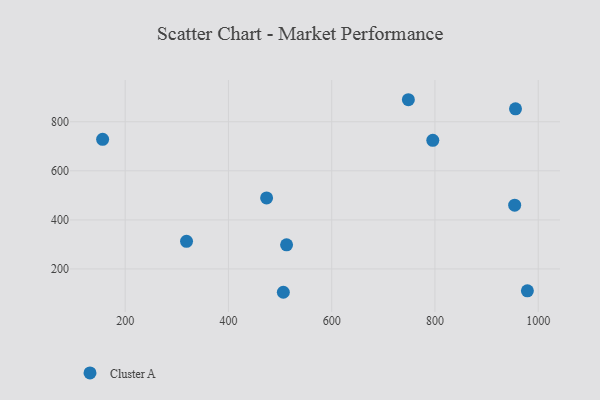
{"axis": {"x": "Speed", "y": "Demand"}, "legend": ["Cluster A"], "data": [{"x": "318.8", "y": 312.7, "type": "Cluster A"}, {"x": "748.5", "y": 889.8, "type": "Cluster A"}, {"x": "156.3", "y": 728.3, "type": "Cluster A"}, {"x": "979.0", "y": 111.2, "type": "Cluster A"}, {"x": "506.3", "y": 105.1, "type": "Cluster A"}, {"x": "473.9", "y": 489.8, "type": "Cluster A"}, {"x": "512.6", "y": 298.3, "type": "Cluster A"}, {"x": "956.0", "y": 852.8, "type": "Cluster A"}, {"x": "954.4", "y": 460.1, "type": "Cluster A"}, {"x": "795.8", "y": 724.5, "type": "Cluster A"}]}